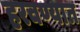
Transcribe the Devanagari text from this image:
हरवण्यात